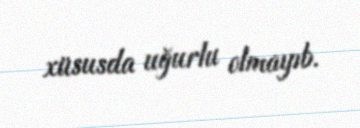
xüsusda uğurlu olmayıb.